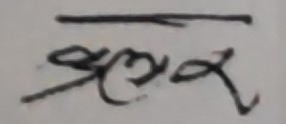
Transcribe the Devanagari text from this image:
भ्रमर